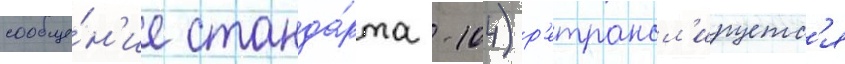
сообще́н'ие станда́рта -104) р'етрансл'ируетс'я